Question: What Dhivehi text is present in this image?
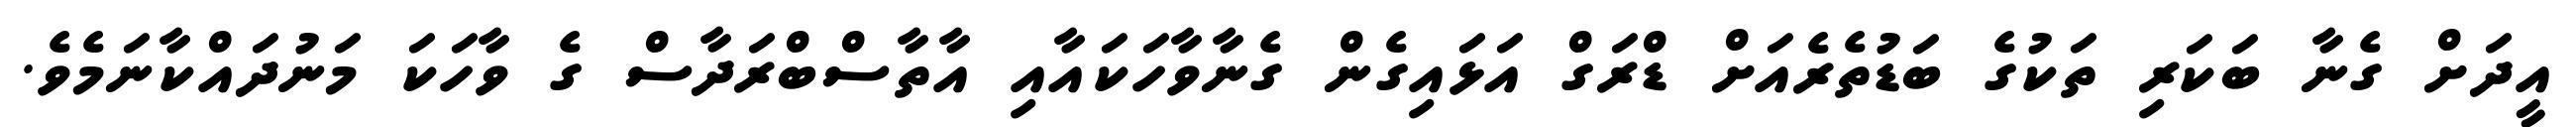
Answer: އީދަށް ގެނާ ބަކަރި ތަކުގެ ބަޑުތެރެއަށް ޑްރަގް އަޅައިގެން ގެނާވާހަކައާއި އާތާސްބްރަދާސް ގެ ވާހަކަ މަނުދައްކާނަމެވެ.